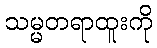
သမ္မတရာထူးကို